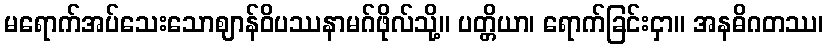
မရောက်အပ်သေးသောဈာန်ဝိပဿနာမဂ်ဖိုလ်သို့။ ပတ္တိယာ၊ ရောက်ခြင်းငှာ။ အနဓိဂတဿ၊